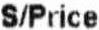
S/PRICE